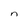
Character: n